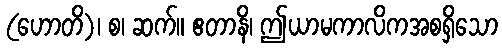
(ဟောတိ)၊ စ၊ ဆက်။ ဧတာနိ၊ ဤယာမကာလိကအစရှိသော